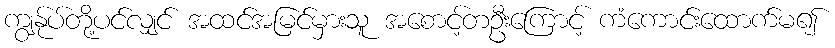
ကျွနု်ပ်တို့ပင်လျှင် အထင်အမြင်မှားသူ အစောင့်တဦးကြောင့် ကံကောင်းထောက်မ၍